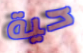
حية